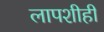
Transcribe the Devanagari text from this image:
लापशीही